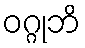
ဝဂ္ဂုဘိ